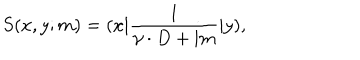
S ( x , y ; m ) = ( x | \frac 1 { \gamma \cdot D + \mathrm { i } m } | y ) ,